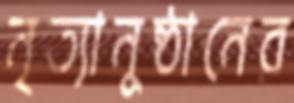
নৃত্যানুষ্ঠানের